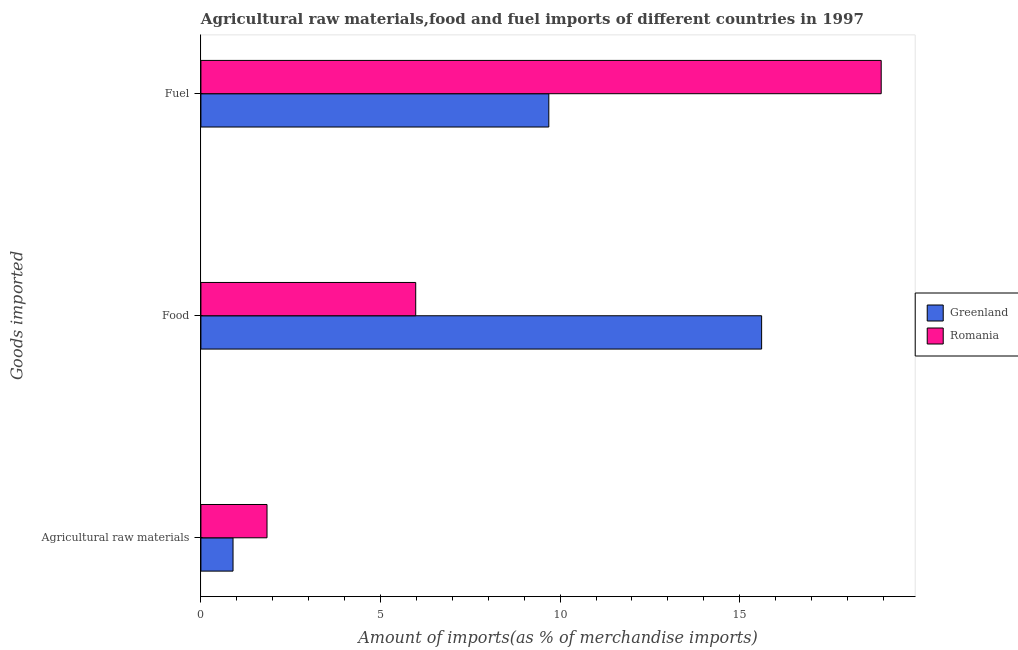
| Goods imported | Greenland | Romania |
 | --- | --- | --- |
 | Agricultural raw materials | 0.894 | 1.84 |
 | Food | 15.6 | 5.98 |
 | Fuel | 9.68 | 18.9 |